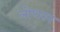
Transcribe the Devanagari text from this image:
लोधरन